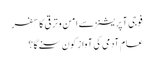
فوجی آپریشنز سے امن و ترقی کا سفر
عام آدمی کی آواز کون سنے گا؟